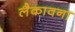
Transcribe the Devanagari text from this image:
लैकावना